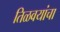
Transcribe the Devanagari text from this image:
तिळवयांचा